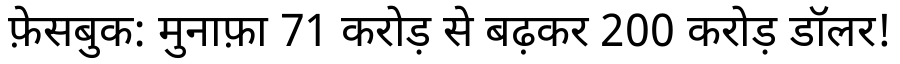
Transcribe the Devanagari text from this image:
फ़ेसबुक: मुनाफ़ा 71 करोड़ से बढ़कर 200 करोड़ डॉलर!